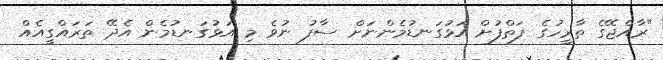
"ރާއްޖޭގެ ތާރީހުގެ ފަތްފުށް އަޅުގަނޑުމެންނަށް ސާފު ނުވެ މި އަޅުގަނޑުމެން އެދޭ ތަރައްގީއެއް